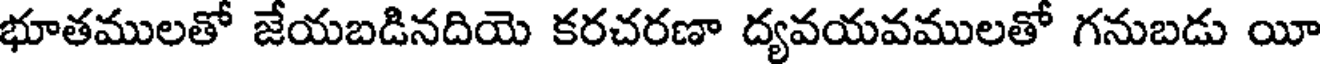
భూతములతో జేయబడినదియె కరచరణా ద్యవయవములతో గనుబడు యీ